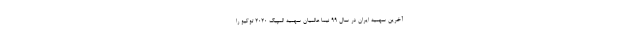
آخرین سهمیه ایران در سال 99 نیما عالمیان سهمیه المپیک ۲۰۲۰ توکیو را